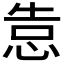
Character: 𰑣